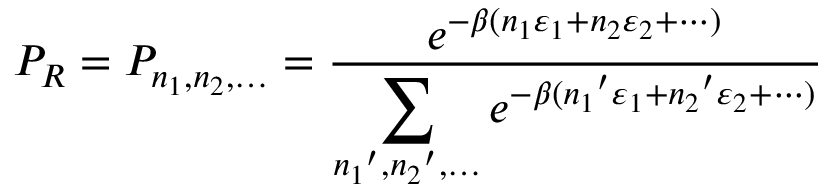
P _ { R } = P _ { n _ { 1 } , n _ { 2 } , \ldots } = { \frac { e ^ { - \beta ( n _ { 1 } \varepsilon _ { 1 } + n _ { 2 } \varepsilon _ { 2 } + \cdots ) } } { \displaystyle \sum _ { { n _ { 1 } } ^ { \prime } , { n _ { 2 } } ^ { \prime } , \ldots } e ^ { - \beta ( { n _ { 1 } } ^ { \prime } \varepsilon _ { 1 } + { n _ { 2 } } ^ { \prime } \varepsilon _ { 2 } + \cdots ) } } }